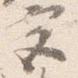
宮